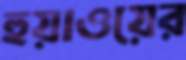
হুয়াওয়ের